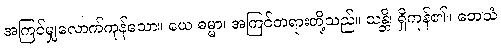
အကြင်မျှလောက်ကုန်သော။ ယေ ဓမ္မာ၊ အကြင်တရားတို့သည်။ သန္တိ၊ ရှိကုန်၏။ တေသံ